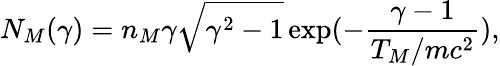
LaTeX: N_{M}(\gamma)=n_{M}\gamma\sqrt{\gamma^{2}-1}\exp(-\frac{\gamma-1}{T_{M}/mc^{2}}),